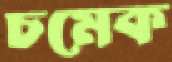
চমেক